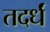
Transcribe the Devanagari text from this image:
तदर्धं